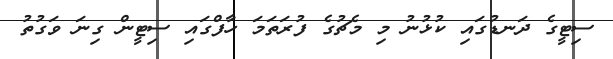
ސިޓީގެ ދަނޑުގައި ކުޅުނު މި މެޗުގެ ފުރަތަމަ ހާފްގައި ސިޓީން ގިނަ ވަގުތު